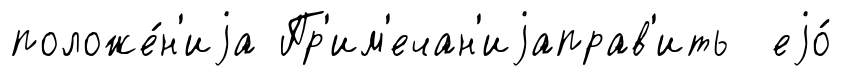
положе́н'иjа Пр'им'ечан'иjаправ'ить еjо́